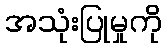
အသုံးပြုမှုကို